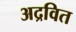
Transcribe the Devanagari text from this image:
अद्रवित